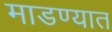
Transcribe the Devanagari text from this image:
माडण्यात